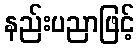
နည်းပညာဖြင့်